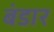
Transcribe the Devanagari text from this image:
बंडार